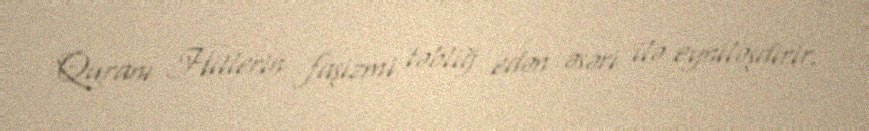
Quranı Hitlerin faşizmi təbliğ edən əsəri ilə eyniləşdirir.